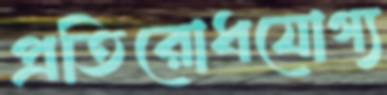
প্রতিরোধযোগ্য